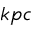
k p c